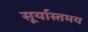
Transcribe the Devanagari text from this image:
सूर्यास्तमय